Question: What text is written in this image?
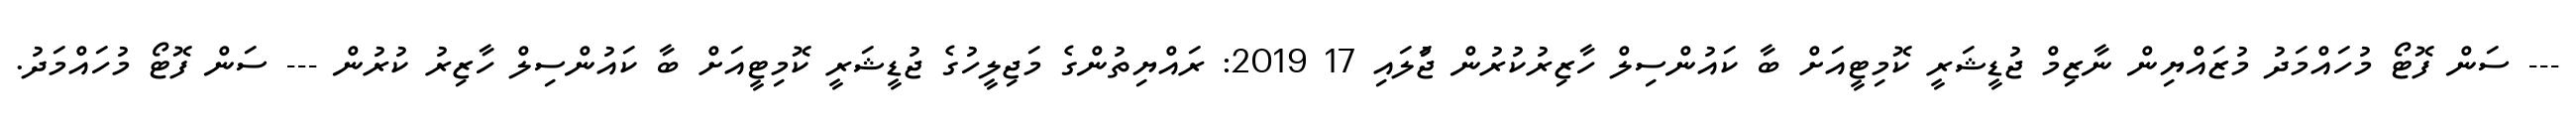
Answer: --- ސަން ފޮޓޯ މުހައްމަދު މުޒައްޔިން ނާޒިމް ޖުޑީޝަރީ ކޮމިޓީއަށް ބާ ކައުންސިލް ހާޒިރުކުރުން ޖުަލައި 17 2019: ރައްޔިތުންގެ މަޖިލީހުގެ ޖުޑީޝަރީ ކޮމިޓީއަށް ބާ ކައުންސިލް ހާޒިރު ކުރުން --- ސަން ފޮޓޯ މުހައްމަދު.